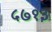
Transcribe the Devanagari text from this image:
५७१३